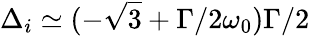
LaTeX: \Delta_{i}\simeq(-\sqrt{3}+\Gamma/2\omega_{0})\Gamma/2